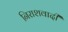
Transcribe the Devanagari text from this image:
निराशवादी